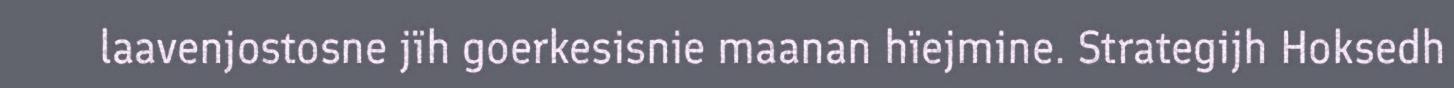
laavenjostosne jïh goerkesisnie maanan hïejmine. Strategijh Hoksedh